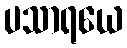
ပသာရယေ